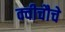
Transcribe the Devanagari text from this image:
क्वीचौचे